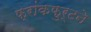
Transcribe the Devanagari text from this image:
फ्रांकफुर्टने